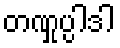
တဏှုပ္ပါဒါ